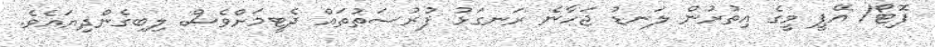
ފޮޓޯ/ އޭޕީ މީގެ އިތުރުން ލަނޑު ޖަހާނެ ރަނގަޅު ފުރުސަތުތައް ދެޓީމަށްވެސް ލިބިގެންދިޔައެވެ.